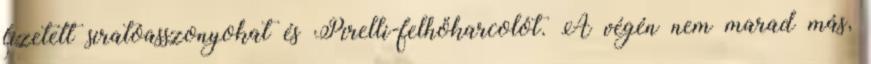
fizetett siratóasszonyokat és Pirelli-felhőkarcolót. A végén nem marad más,